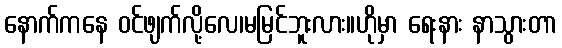
နောက်ကနေ ဝင်ဖျက်လို့လေ၊မမြင်ဘူးလား။ဟိုမှာ ရေးနား နာသွားတာ